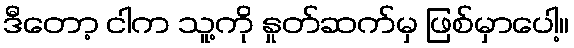
ဒီတော့ ငါက သူ့ကို နှုတ်ဆက်မှ ဖြစ်မှာပေါ့။